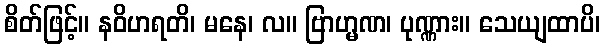
စိတ်ဖြင့်။ နဝိဟရတိ၊ မနေ၊ လ။ ဗြာဟ္မဏ၊ ပုဏ္ဏား။ သေယျထာပိ၊